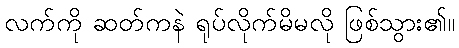
လက်ကို ဆတ်ကနဲ ရုပ်လိုက်မိမလို ဖြစ်သွား၏။